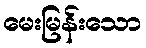
မေးမြန်းသော